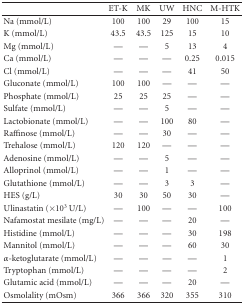
<table><thead><tr><td></td><td><b>ET-K</b></td><td><b>MK</b></td><td><b>UW</b></td><td><b>HNC</b></td><td><b>M-HTK</b></td></tr></thead><tbody><tr><td>Na (mmol/L)</td><td>100</td><td>100</td><td>29</td><td>100</td><td>15</td></tr><tr><td>K (mmol/L)</td><td>43.5</td><td>43.5</td><td>125</td><td>15</td><td>10</td></tr><tr><td>Mg (mmol/L)</td><td>—</td><td>—</td><td>5</td><td>13</td><td>4</td></tr><tr><td>Ca (mmol/L)</td><td>—</td><td>—</td><td>—</td><td>0.25</td><td>0.015</td></tr><tr><td>Cl (mmol/L)</td><td>—</td><td>—</td><td>—</td><td>41</td><td>50</td></tr><tr><td>Gluconate (mmol/L)</td><td>100</td><td>100</td><td>—</td><td>—</td><td>—</td></tr><tr><td>Phosphate (mmol/L)</td><td>25</td><td>25</td><td>25</td><td>—</td><td>—</td></tr><tr><td>Sulfate (mmol/L)</td><td>—</td><td>—</td><td>5</td><td>—</td><td>—</td></tr><tr><td>Lactobionate (mmol/L)</td><td>—</td><td>—</td><td>100</td><td>80</td><td>—</td></tr><tr><td>Raffinose (mmol/L)</td><td>—</td><td>—</td><td>30</td><td>—</td><td>—</td></tr><tr><td>Trehalose (mmol/L)</td><td>120</td><td>120</td><td>—</td><td>—</td><td>—</td></tr><tr><td>Adenosine (mmol/L)</td><td>—</td><td>—</td><td>5</td><td>—</td><td>—</td></tr><tr><td>Alloprinol (mmol/L)</td><td>—</td><td>—</td><td>1</td><td>—</td><td>—</td></tr><tr><td>Glutathione (mmol/L)</td><td>—</td><td>—</td><td>3</td><td>3</td><td>—</td></tr><tr><td>HES (g/L)</td><td>30</td><td>30</td><td>50</td><td>30</td><td>—</td></tr><tr><td>Ulinastatin (×10<sup>3</sup> U/L)</td><td>—</td><td>100</td><td>—</td><td>—</td><td>100</td></tr><tr><td>Nafamostat mesilate (mg/L)</td><td>—</td><td>—</td><td>—</td><td>20</td><td>—</td></tr><tr><td>Histidine (mmol/L)</td><td>—</td><td>—</td><td>—</td><td>30</td><td>198</td></tr><tr><td>Mannitol (mmol/L)</td><td>—</td><td>—</td><td>—</td><td>60</td><td>30</td></tr><tr><td><i>α</i>-ketoglutarate (mmol/L)</td><td>—</td><td>—</td><td>—</td><td>—</td><td>1</td></tr><tr><td>Tryptophan (mmol/L)</td><td>—</td><td>—</td><td>—</td><td>—</td><td>2</td></tr><tr><td>Glutamic acid (mmol/L)</td><td>—</td><td>—</td><td>—</td><td>20</td><td>—</td></tr><tr><td>Osmolality (mOsm)</td><td>366</td><td>366</td><td>320</td><td>355</td><td>310</td></tr></tbody></table>